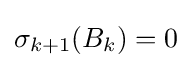
\sigma _{k+1}(B_{k})=0